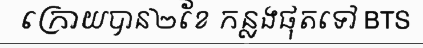
ក្រោយបាន២ខែ កន្លងផុតទៅ BTS